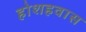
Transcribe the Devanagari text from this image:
होशहवास